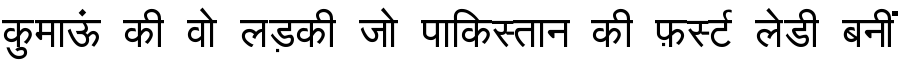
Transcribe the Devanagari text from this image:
कुमाऊं की वो लड़की जो पाकिस्तान की फ़र्स्ट लेडी बनीं